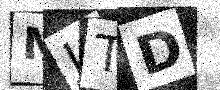
Text: MJTD